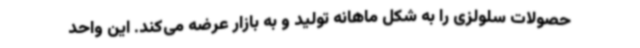
حصولات سلولزی را به شکل ماهانه تولید و به بازار عرضه می‌کند. این واحد